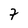
Character: 7